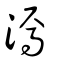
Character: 漹